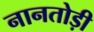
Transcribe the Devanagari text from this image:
नानतोड़ी